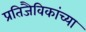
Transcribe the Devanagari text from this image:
प्रतिजैविकांच्या